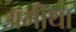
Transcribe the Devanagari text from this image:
अमीथा